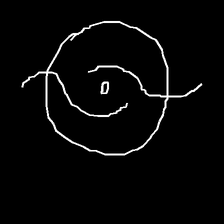
Glyph: repetition